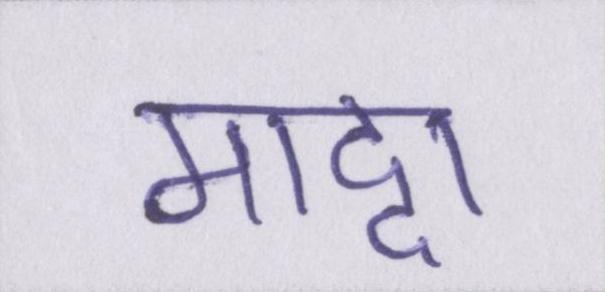
माद्दा